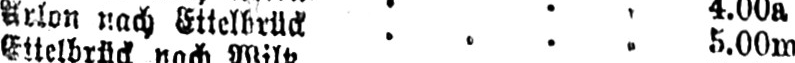
Arlon nach Ettelbrück .... 5.00m